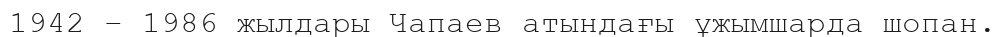
1942 – 1986 жылдары Чапаев атындағы ұжымшарда шопан.